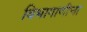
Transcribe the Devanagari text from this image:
विभागाणीचा